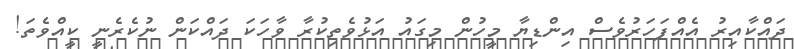
ދައްކާއިރު އެއްފަހަރުވެސް އިންޑިޔާ މީހުން މިގައު އަޅުވެތިކުރާ ވާހަކަ ދައްކަން ނުކެރެނީ ކީއްވެތަ!